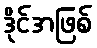
ဒိုင်အဖြစ်